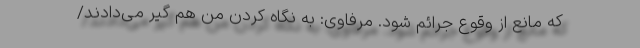
که مانع از وقوع جرائم شود. مرفاوی: به نگاه کردن من هم گیر می‌دادند/